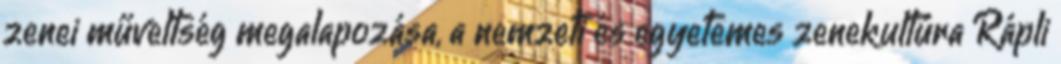
zenei műveltség megalapozása, a nemzeti és egyetemes zenekultúra Rápli